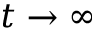
t \to \infty